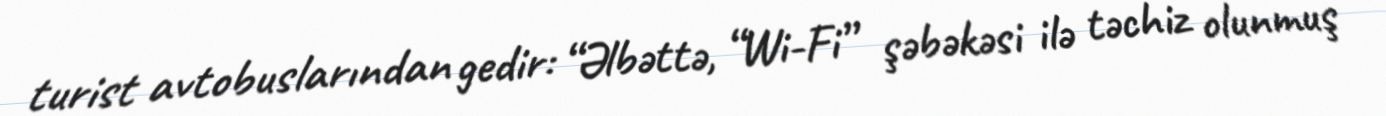
turist avtobuslarından gedir: “Əlbəttə, “Wi-Fi” şəbəkəsi ilə təchiz olunmuş